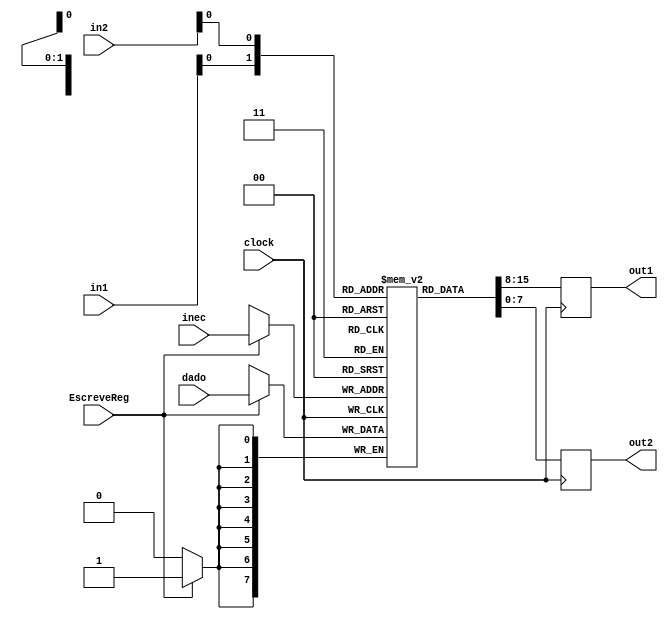
module bancoRegs (
  input wire clock,
  input wire [1:0] in1,
  input wire [1:0] in2,
  input wire inec,
  input wire [7:0] dado,
  output wire [7:0] out1,
  output wire [7:0] out2,
  input EscreveReg
);
  reg [7:0] regs [1:0];
  reg [7:0] valores [1:0];
  
  always @(posedge clock) 
    begin
      if(EscreveReg) begin
        regs[inec] = dado;
      end
   end
   
   always @(negedge clock)
      begin
        valores [0] = regs [in1];
        valores [1] = regs [in2];
      end
  
    assign out1 = valores [0];
    assign out2 = valores [1];

endmodule